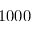
1 0 0 0